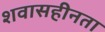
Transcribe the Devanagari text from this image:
शवासहीनता